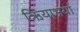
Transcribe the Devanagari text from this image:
ऋियाभयां